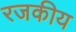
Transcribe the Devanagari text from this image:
रजकीय